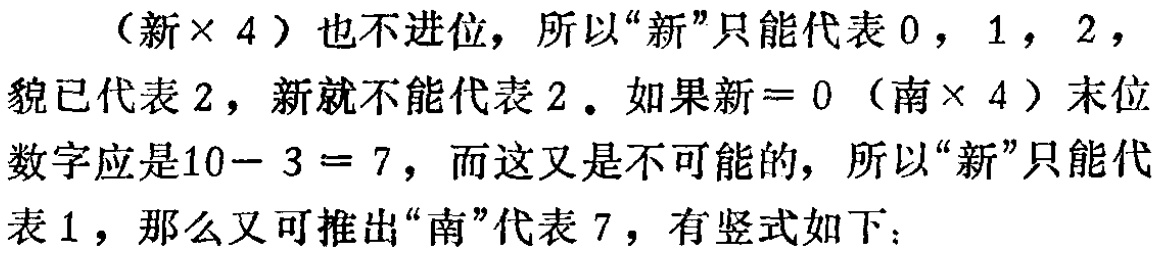
（新× 4）也不进位，所以“新”只能代表 0，1，2，貌已代表 2，新就不能代表 2。如果新 = 0（南× 4）末位数字应是10− 3 = 7，而这又是不可能的，所以“新”只能代表 1，那么又可推出“南”代表 7，有竖式如下：